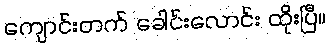
ကျောင်းတက် ခေါင်းလောင်း ထိုးပြီ။